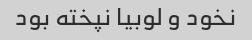
نخود و لوبیا نپخته بود